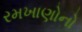
રમખાણોનો